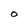
Character: O